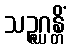
သဉ္ဇဂ္ဃန္တိံ